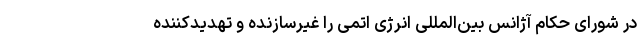
در شورای حکام آژانس بین‌المللی انرژی اتمی را غیرسازنده و تهدیدکننده